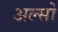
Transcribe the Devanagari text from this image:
अल्सो